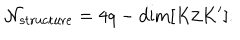
{ \cal N } _ { \mathrm { s t r u c t u r e } } = 4 q - \mathrm { d i m } [ K / K ^ { \prime } ] .